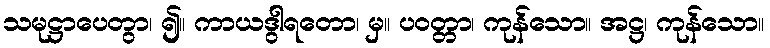
သမုဋ္ဌာပေတွာ၊ ၍။ ကာယဒွါရတော၊ မှ။ ပဝတ္တာ၊ ကုန်သော။ အဋ္ဌ၊ ကုန်သော။